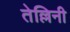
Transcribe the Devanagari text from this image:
तेल्लिनी